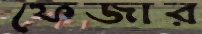
ফেজার